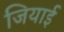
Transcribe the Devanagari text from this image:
जियाई